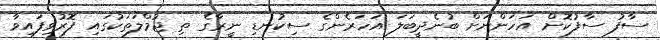
ސާފު ސާފުކޮށް އަހަންނަށް ބުނެދީބަލަ އަހަރެންގެ ސިކުނޑި ނީރާގެ ތި ޖުމްލަތަކުގައި ފޮރުވިފައިވާ